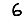
Digit: 6